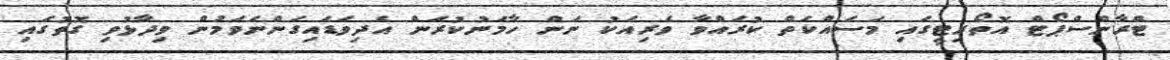
ޓްރާންސްޕޯޓް އޮތޯރިޓީގައި މަސައްކަތް ކުރައްވާ ވެރިއަކު ނަން ހާމަނުކުރަން އެދިވަޑައިގަންނަވަމުން ވިދާޅުވި ގޮތުގައި